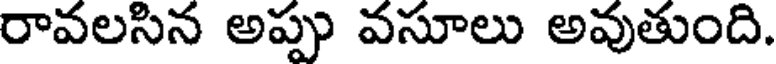
రావలసిన అప్పు వసూలు అవుతుంది.